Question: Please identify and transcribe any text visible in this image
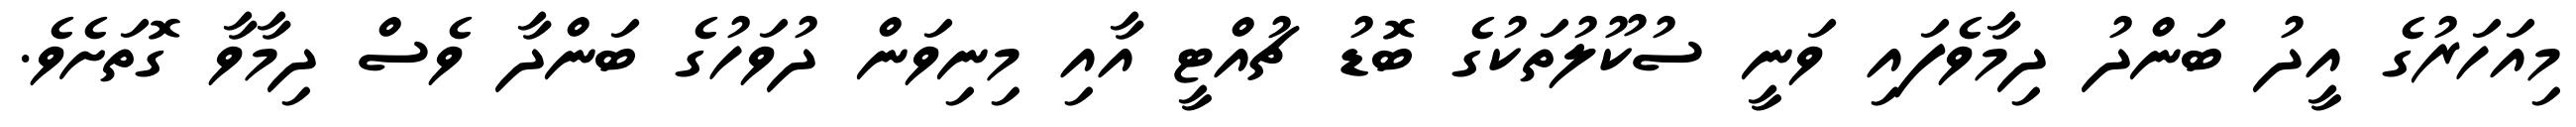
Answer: މިއަހަރުގެ އީދު ބަންދު ދިމާވެފައި ވަނީ ސުކޫލުތަކުގެ ބޮޑު ޗުއްޓީ އާއި މިނިވަން ދުވަހުގެ ބަންދާ ވެސް ދިމާވާ ގޮތަށެވެ.